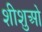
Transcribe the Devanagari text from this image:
शीशुओ